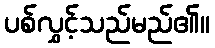
ပစ်လွှင့်သည်မည်၏။